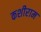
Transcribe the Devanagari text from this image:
कशीराम